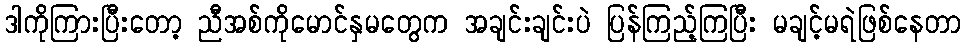
ဒါကိုကြားပြီးတော့ ညီအစ်ကိုမောင်နှမတွေက အချင်းချင်းပဲ ပြန်ကြည့်ကြပြီး မချင့်မရဲဖြစ်နေတာ